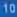
10